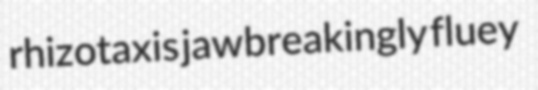
rhizotaxis jawbreakingly fluey